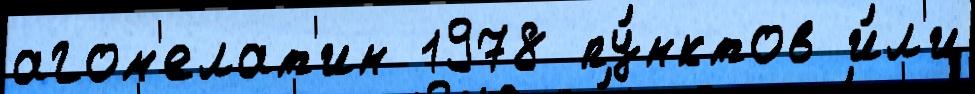
агом'елат'ин 1978 пу́нктов и́л'и